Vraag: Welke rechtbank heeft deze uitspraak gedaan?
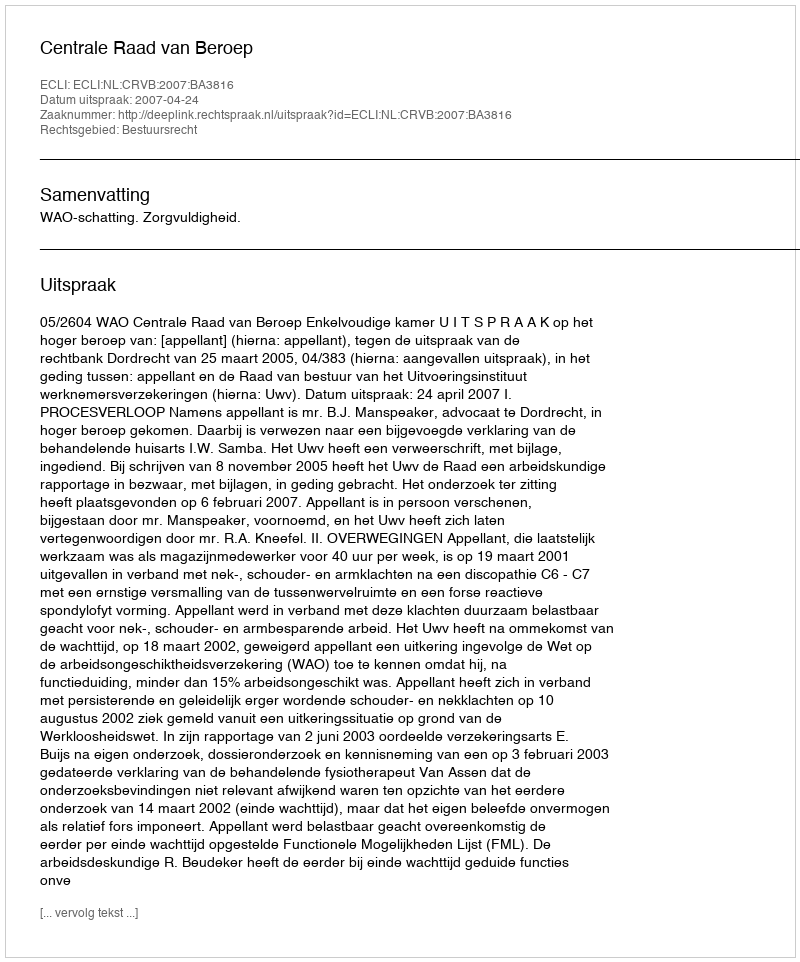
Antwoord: Centrale Raad van Beroep